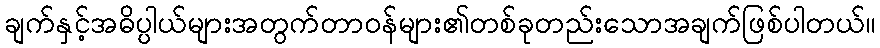
ချက်နှင့်အဓိပ္ပါယ်များအတွက်တာဝန်များ၏တစ်ခုတည်းသောအချက်ဖြစ်ပါတယ်။